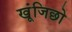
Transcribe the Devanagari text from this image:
खूंजिछो